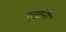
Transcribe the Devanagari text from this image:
सुष्टांनी